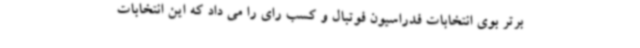
برتر بوی انتخابات فدراسیون فوتبال و کسب رای را می داد که این انتخابات